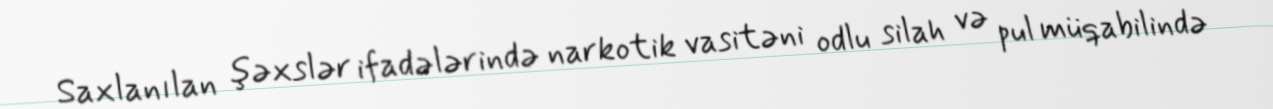
Saxlanılan şəxslər ifadələrində narkotik vasitəni odlu silah və pul müqabilində